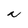
Character: N